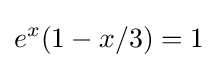
e^{x}(1-x/3)=1